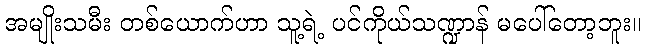
အမျိုးသမီး တစ်ယောက်ဟာ သူ့ရဲ့ ပင်ကိုယ်သဏ္ဍာန် မပေါ်တော့ဘူး။